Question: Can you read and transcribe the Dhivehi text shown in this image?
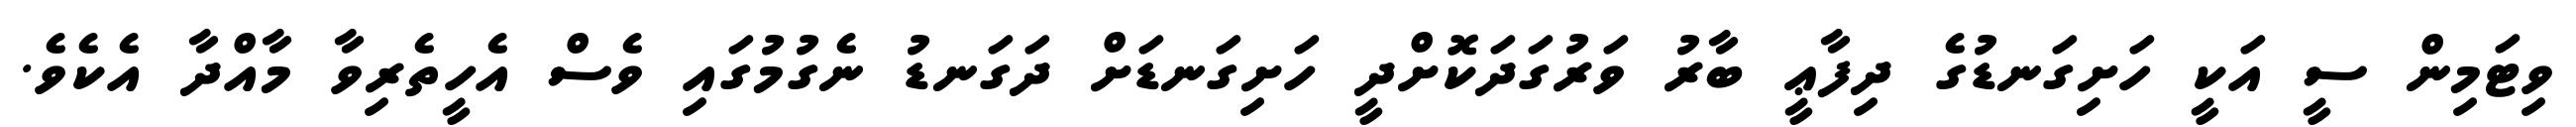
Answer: ވިޓަމިން ސީ އަކީ ހަށިގަނޑުގެ ދިފާޢީ ބާރު ވަރުގަދަކޮށްދީ ހަށިގަނޑަށް ދަގަނޑު ނެގުމުގައި ވެސް އެހީތެރިވާ މާއްދާ އެކެވެ.